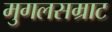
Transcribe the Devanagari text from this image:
मुगलसम्राट